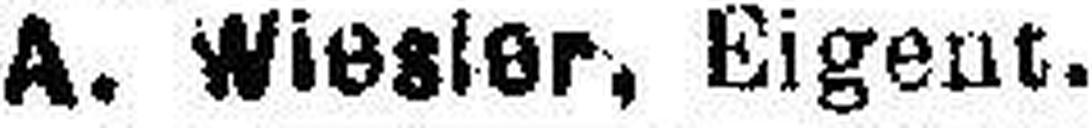
A. Wiesler, Eigent.